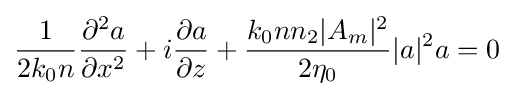
{\frac {1}{2k_{0}n}}{\frac {\partial ^{2}a}{\partial x^{2}}}+i{\frac {\partial a}{\partial z}}+{\frac {k_{0}nn_{2}|A_{m}|^{2}}{2\eta _{0}}}|a|^{2}a=0